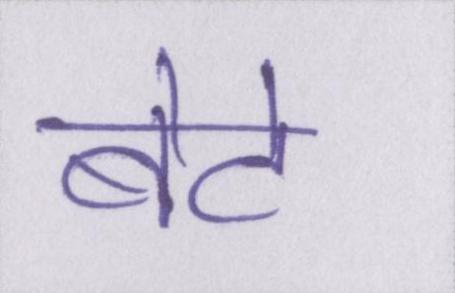
बेटे